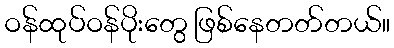
ဝန်ထုပ်ဝန်ပိုးတွေ ဖြစ်နေတတ်တယ်။